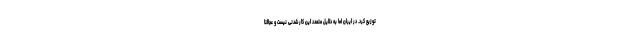
توزیع کرد. در ایران اما به دلایل متعدد این کار شدنی نیست و عجالتاً